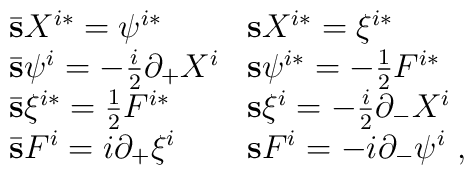
\begin{array}{ll}   \bar {\bf s} X^{i*} =  \psi^{i*}  & {\bf s} X^{i*} = \xi^{i*} \\   \bar {\bf s} \psi^i =  -\frac{i}{2} \partial _+ X^i & {\bf s} \psi^{i*}   = -\frac{1}{2} F^{i*} \\   \bar {\bf s} \xi^{i*} = \frac{1}{2} F^{i*}  & {\bf s} \xi^i =-\frac{i}{2} \partial _- X^i \\   \bar {\bf s} F^i = i \partial_+ \xi^i & {\bf s} F^i = -i \partial _-   \psi^i \ , \end{array}